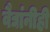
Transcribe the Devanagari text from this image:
वैद्यांनीही